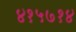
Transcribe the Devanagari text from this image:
४१५७१४